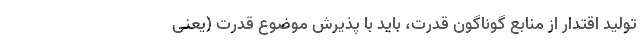
تولید اقتدار از منابع گوناگون قدرت، باید با پذیرش موضوع قدرت (یعنی